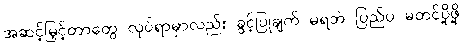
အဆင့်မြှင့်တာတွေ လုပ်ရာမှာလည်း ခွင့်ပြုချက် မရဘဲ ပြည်ပ မတင်ပို့ဖို့